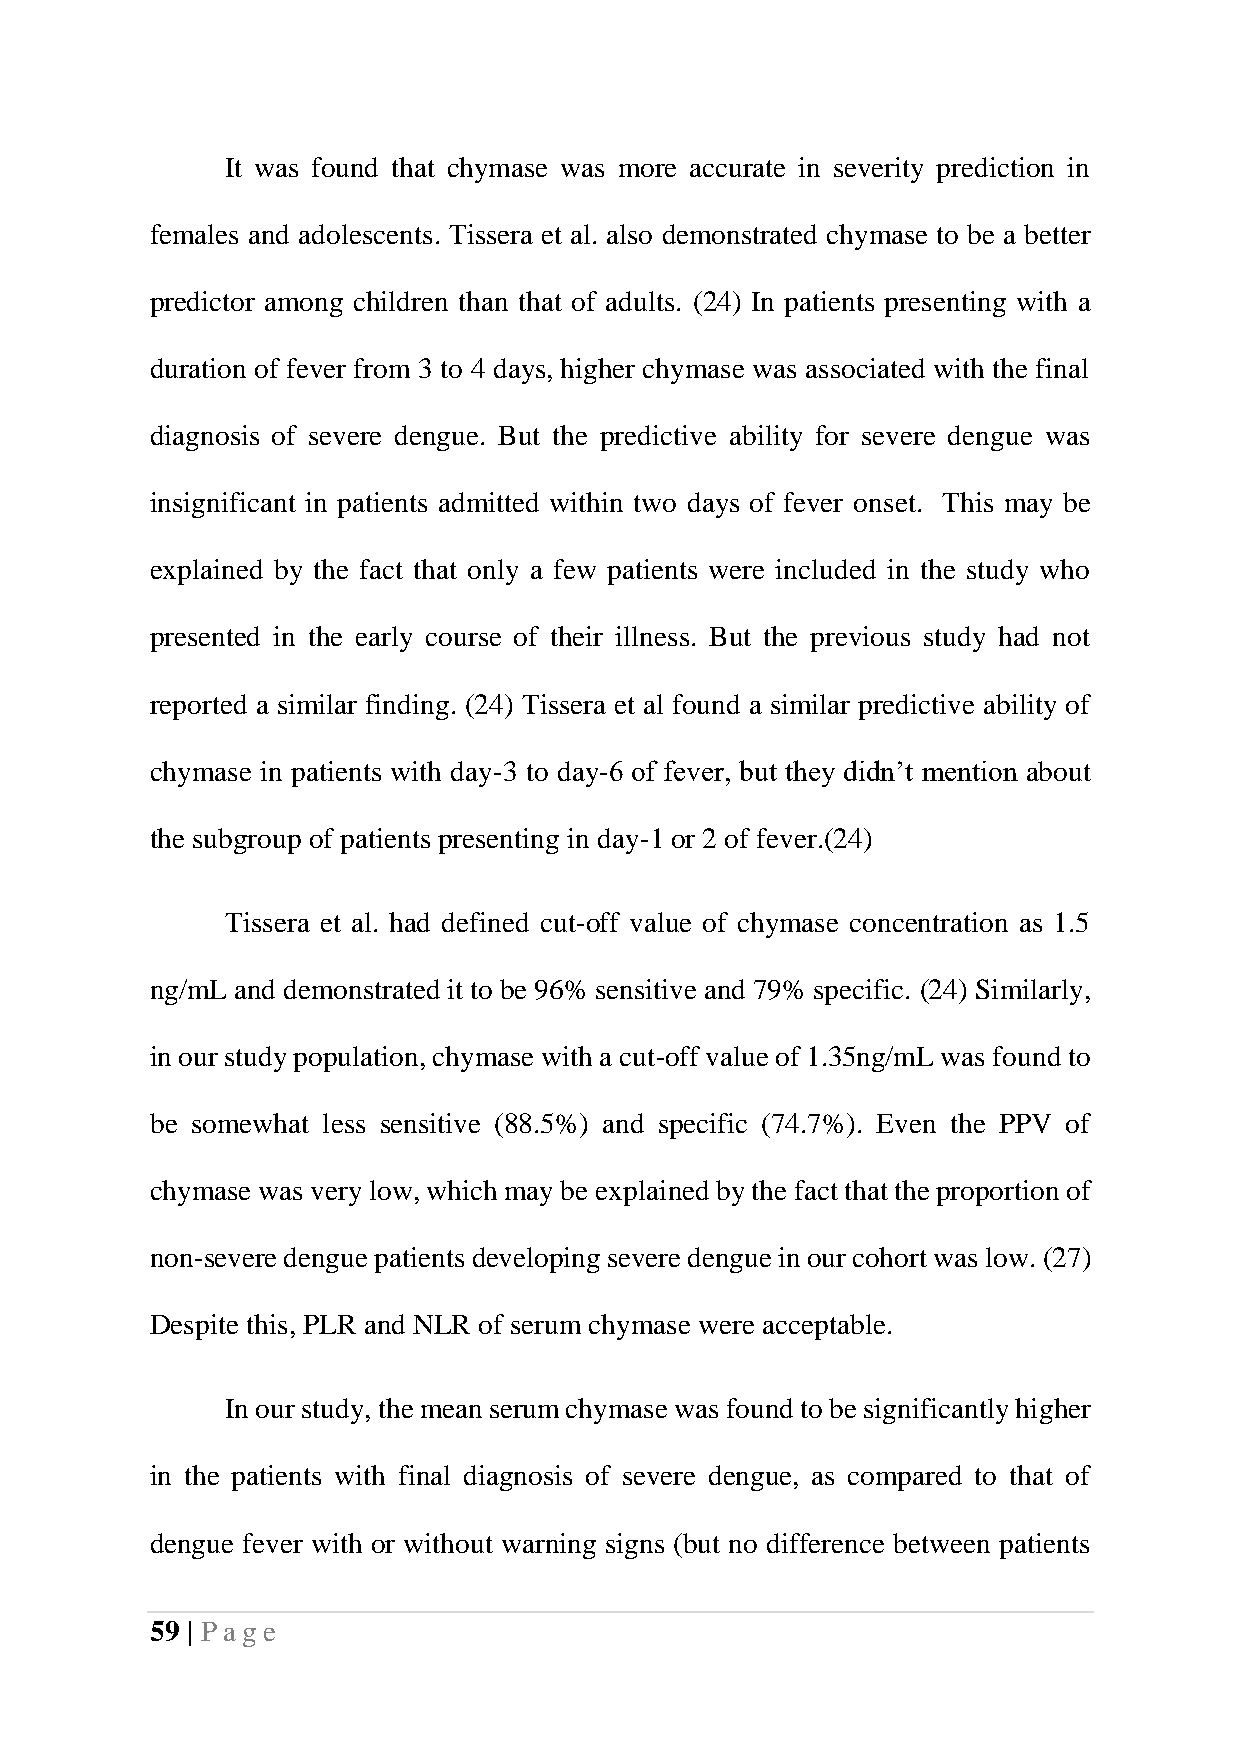
It was found that chymase was more accurate in severity prediction in
 females and adolescents. Tissera et al. also demonstrated chymase to be a better
 predictor among children than that of adults. (24) In patients presenting with a
 duration of fever from 3 to 4 days, higher chymase was associated with the final
 diagnosis of severe dengue. But the predictive ability for severe dengue was
 insignificant in patients admitted within two days of fever onset. This may be
 explained by the fact that only a few patients were included in the study who
 presented in the early course of their illness. But the previous study had not
 reported a similar finding. (24) Tissera et al found a similar predictive ability of
 chymase in patients with day-3 to day-6 of fever, but they didn’t mention about
 the subgroup of patients presenting in day-1 or 2 of fever.(24)
 Tissera et al. had defined cut-off value of chymase concentration as 1.5
 ng/mL and demonstrated it to be 96% sensitive and 79% specific. (24) Similarly,
 in our study population, chymase with a cut-off value of 1.35ng/mL was found to
 be somewhat less sensitive (88.5%) and specific (74.7%). Even the PPV of
 chymase was very low, which may be explained by the fact that the proportion of
 non-severe dengue patients developing severe dengue in our cohort was low. (27)
 Despite this, PLR and NLR of serum chymase were acceptable.
 In our study, the mean serum chymase was found to be significantly higher
 in the patients with final diagnosis of severe dengue, as compared to that of
 dengue fever with or without warning signs (but no difference between patients
 59 | Pag e